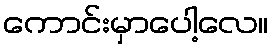
ကောင်းမှာပေါ့လေ။